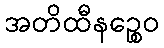
အတိထီနဉ္စေဝ